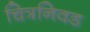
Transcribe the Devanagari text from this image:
चित्रनिवड